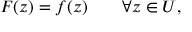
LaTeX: F ( z ) = f ( z ) \qquad \forall z \in U ,